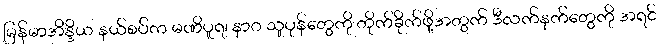
မြန်မာအိန္ဒိယ နယ်စပ်က မဏိပူရ၊ နာဂ သူပုန်တွေကို တိုက်ခိုက်ဖို့အတွက် ဒီလက်နက်တွေကို အရင်